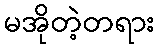
မအိုတဲ့တရား